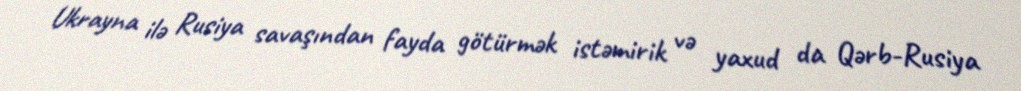
Ukrayna ilə Rusiya savaşından fayda götürmək istəmirik və yaxud da Qərb-Rusiya